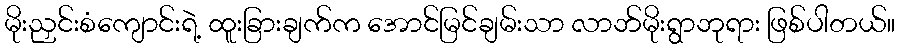
မိုးညှင်းစံကျောင်းရဲ့ ထူးခြားချက်က အောင်မြင်ချမ်းသာ လာဘ်မိုးရွာဘုရား ဖြစ်ပါတယ်။